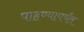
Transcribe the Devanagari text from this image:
पाहण्यापर्यंत